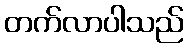
တက်လာပါသည်